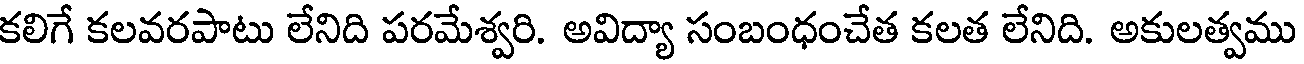
కలిగే కలవరపాటు లేనిది పరమేశ్వరి. అవిద్యా సంబంధంచేత కలత లేనిది. అకులత్వము